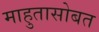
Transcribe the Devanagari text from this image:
माहुतासोबत